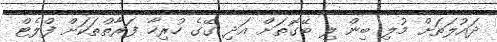
ދައުލަތަށް މުލި ބިން ލި ބޭގޮތަށް އަދި ގޭގެ ހުރިހާ ފަރާތްތަކަށް ފްލެޓް